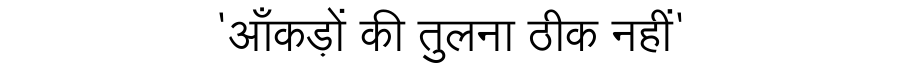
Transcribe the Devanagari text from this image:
'आँकड़ों की तुलना ठीक नहीं'